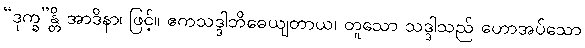
“ဒုက္ခ”န္တိ အာဒိနာ၊ ဖြင့်။ ဧကသဒ္ဒါဘိဓေယျတာယ၊ တူသော သဒ္ဒါသည် ဟောအပ်သော